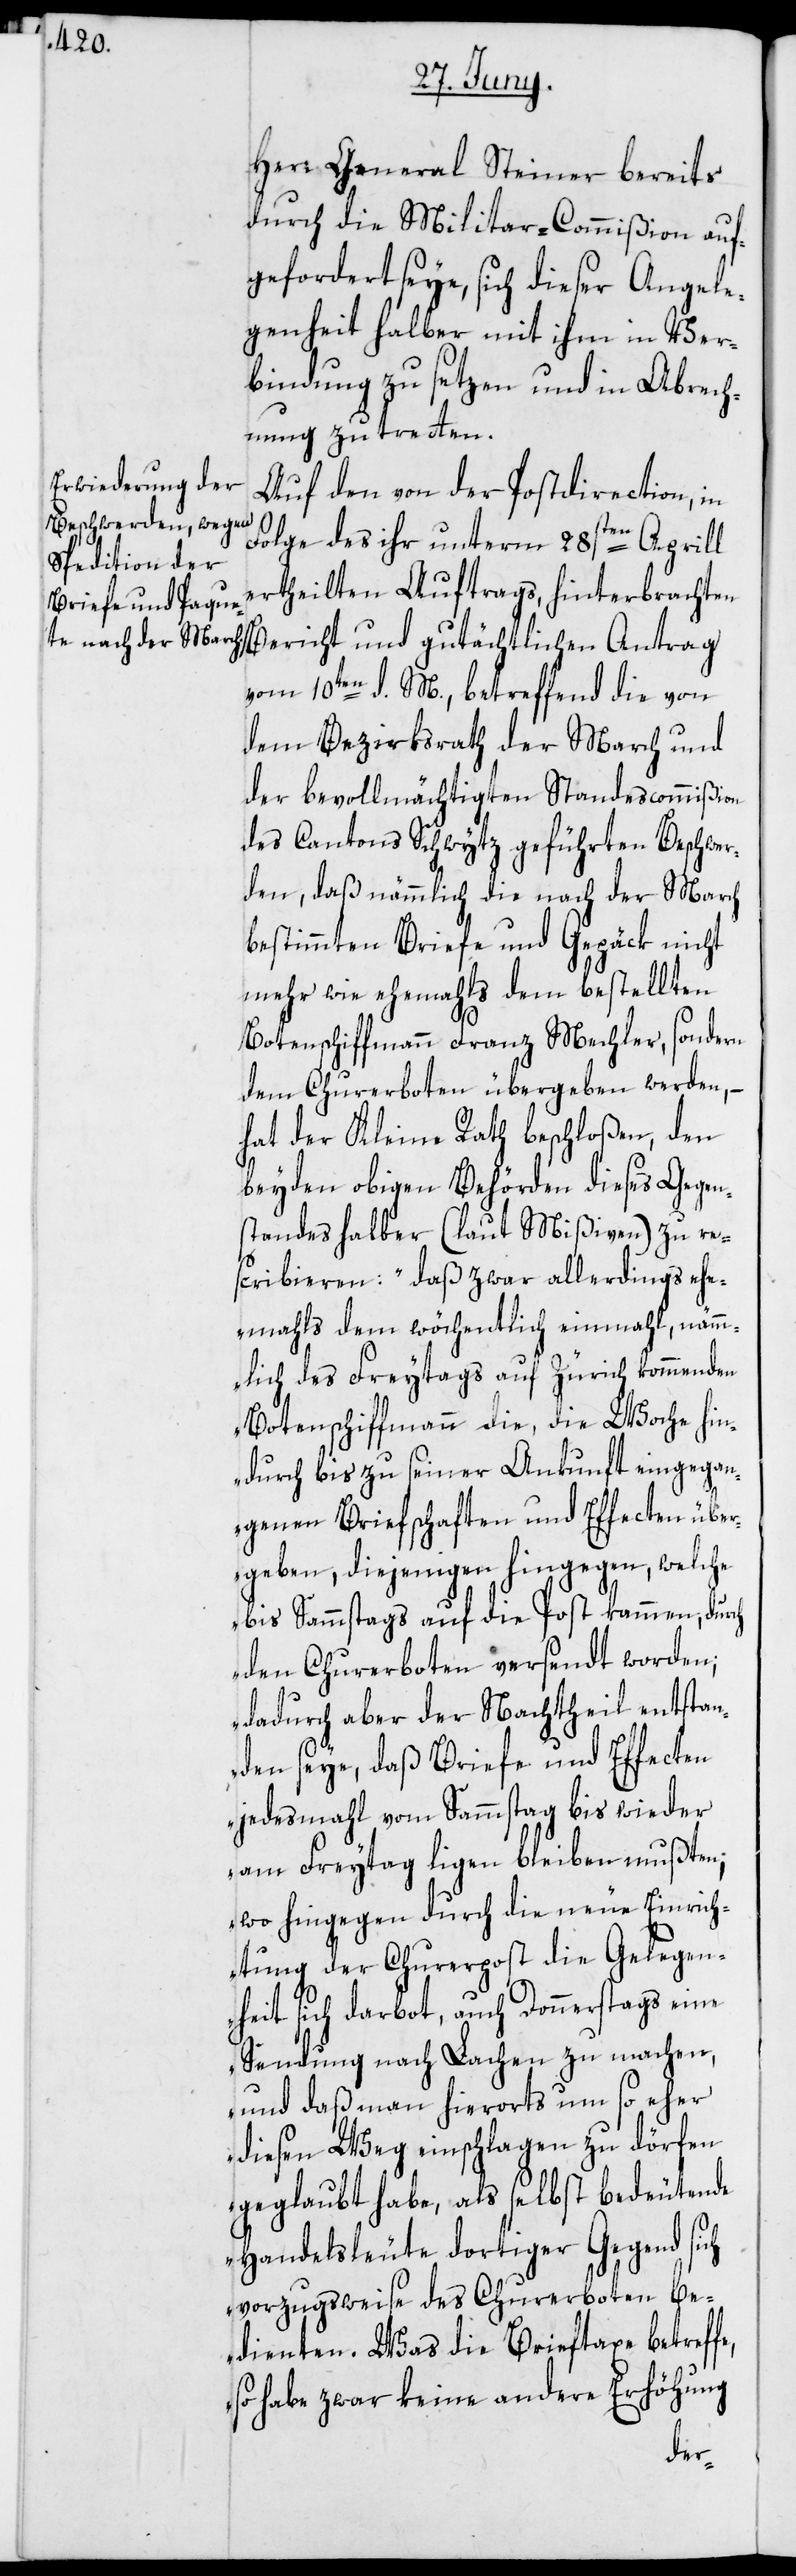
Herr General Steiner bereits
durch die Militar-Commißion auf¬
gefordert seye, sich dieser Angele¬
genheit halber mit ihm in Ver¬
bindung zu setzen und in Abrech¬
nung zu tretten.
Auf den von der Postdirection, in
Folge des ihr unterm 28sten Aprill
ertheilten Auftrags, hinterbrachten
vom 10ten d. M., betreffend die von
dem Bezirksrath der March und
der bevollmächtigten Standescommißion
des Cantons Schwytz geführten Beschwer¬
den, daß nämmlich die nach der March
bestimmten Briefe und Gepäck nicht
mehr wie ehemahls dem bestellten
Botenschiffmann Franz Mechler, sondern
dem Churerboten übergeben werden, –
hat der Kleine Rath beschloßen, den
beyden obigen Behörden dieses Gegen¬
standes halber (laut Mißiven) zu re¬
scribieren: „daß zwar allerdings ehe¬
mahls dem wöchentlich einmahl, nämm¬
lich des Freytags auf Zürich kommenden
Botenschiffmann die, die Woche hin¬
durch bis zu seiner Ankunft eingegan¬
genen Briefschaften und Effecten über¬
geben, diejenigen hingegen, welche
bis Sammstags auf die Post kammen, durch
den Churerboten versendt worden;
dadurch aber der Nachtheil entstan¬
den seye, daß Briefe und Effecten
jedesmahl vom Sammstag bis wieder
am Freytag ligen bleiben mußten;
wo hingegen durch die neue Einrich¬
tung der Churerpost die Gelegen¬
e,
heit sich darbot, auch Donnerstags eine
Sendung nach Lachen zu machen,
und daß man hierorts um so eher
diesen Weg einschlagen zu dörfen
geglaubt habe, als selbst bedeutende
Handelsleute dortiger Gegend sich
vorzugsweise des Churerboten be¬
dienten. Was die Brieftaxe betreff¬
so habe zwar keine andere Erhöhung